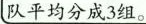
队平均分成3组。